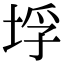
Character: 垺